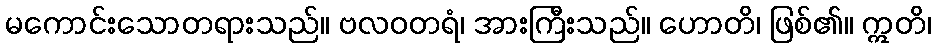
မကောင်းသောတရားသည်။ ဗလဝတရံ၊ အားကြီးသည်။ ဟောတိ၊ ဖြစ်၏။ ဣတိ၊